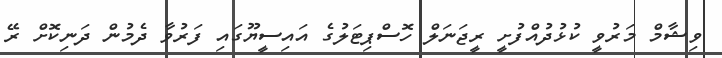
ވިޝާމް މަރުވީ ކުޅުދުއްފުށީ ރީޖަނަލް ހޮސްޕިޓަލުގެ އައިސީޔޫގައި ފަރުވާ ދެމުން ދަނިކޮށް ރޭ